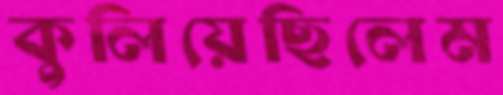
কুলিয়েছিলেম